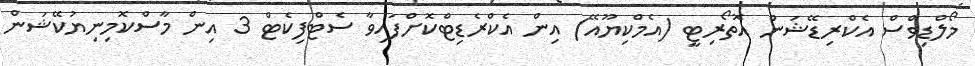
މޯލްޑިވްސް އެކްރިޑޭޝަން އޮތޯރިޓީ (އެމްކިޔޫއޭ) އިން އެކްރެޑިޓްކޮށްފައިވާ ސެޓްފިކެޓް 3 އިން މާސްކޮމިނިޔުކޭޝަން